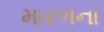
મારળના